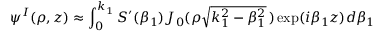
\psi ^ { I } ( \rho , z ) \approx \int _ { 0 } ^ { k _ { 1 } } S ^ { \prime } ( \beta _ { 1 } ) J _ { 0 } ( \rho \sqrt { k _ { 1 } ^ { 2 } - \beta _ { 1 } ^ { 2 } } \, ) \exp ( i \beta _ { 1 } z ) d \beta _ { 1 }